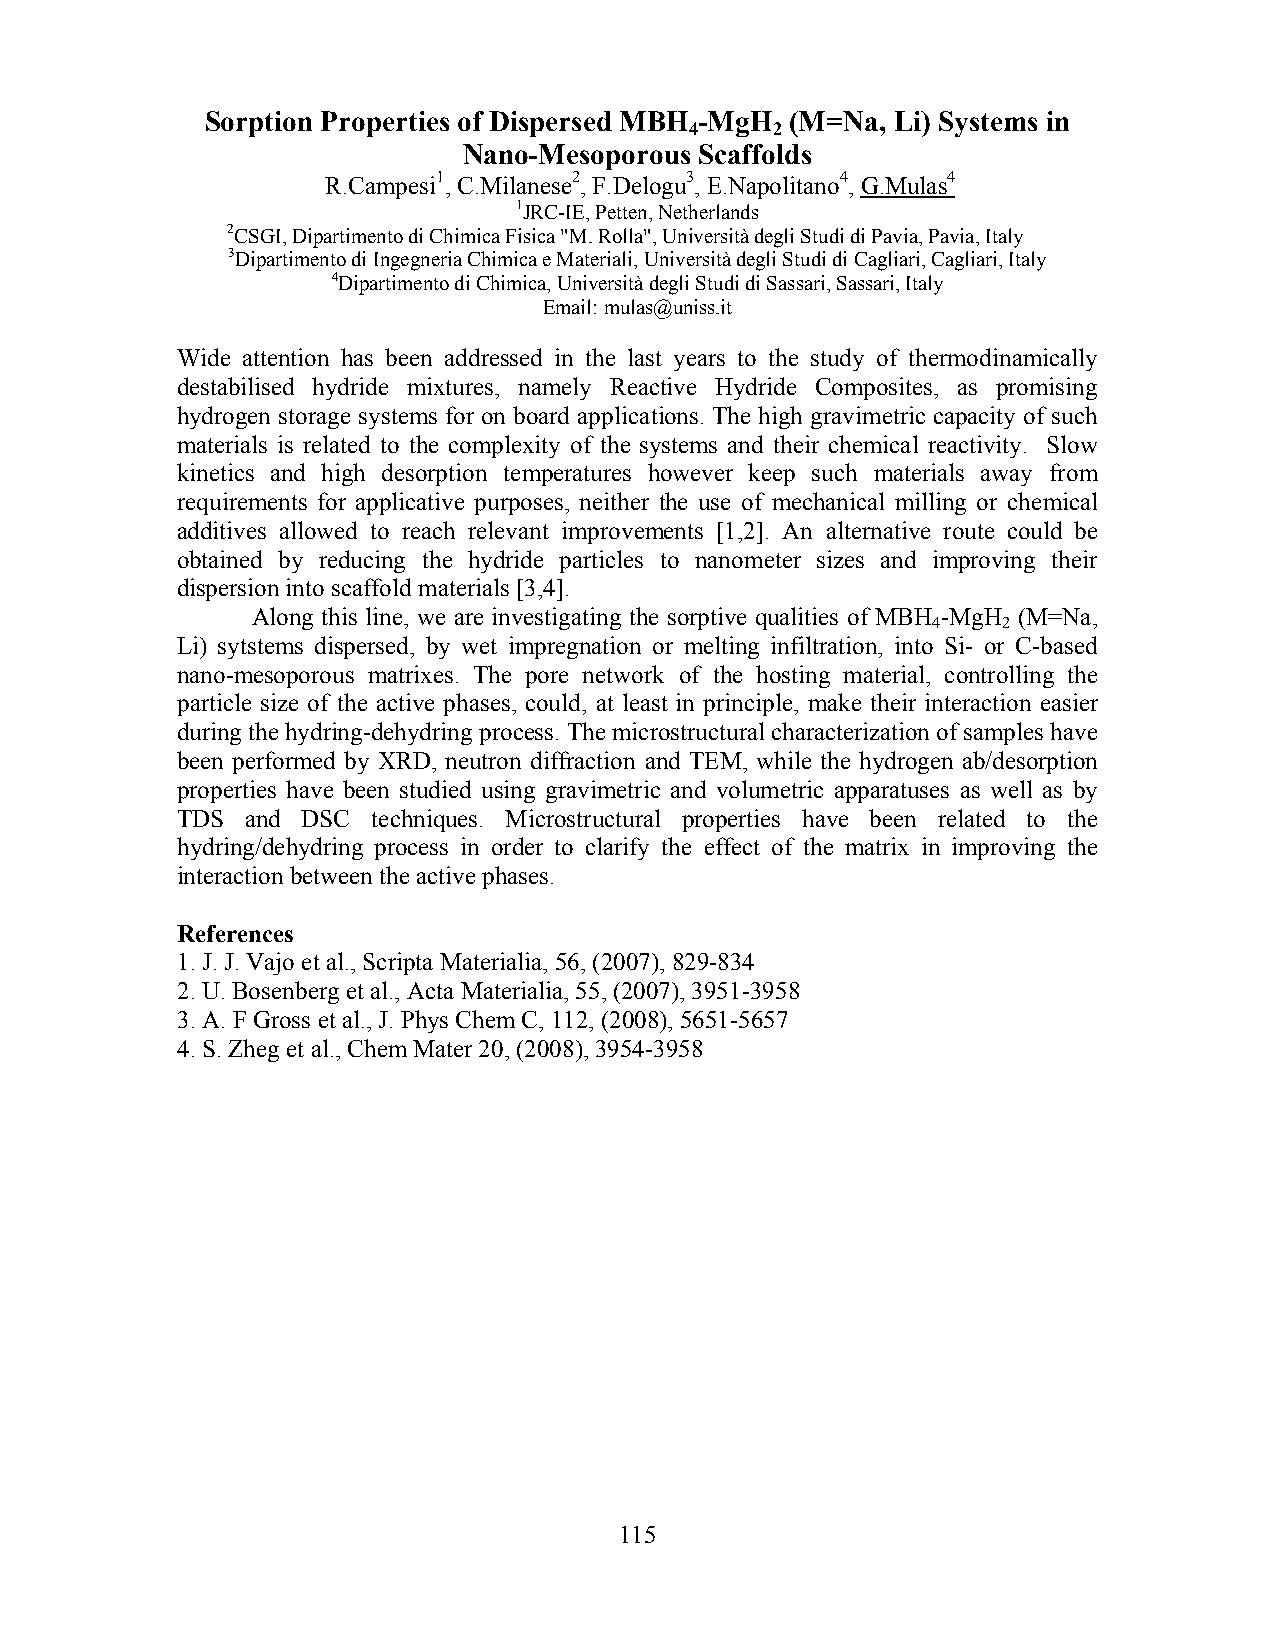
Sorption Properties of Dispersed MBH -MgH (M=Na, Li) Systems in
 4    2
 Nano-Mesoporous Scaffolds
 R.Campesi1, C.Milanese2, F.Delogu3, E.Napolitano4, G.Mulas4
 1JRC-IE, Petten, Netherlands
 2CSGI, Dipartimento di Chimica Fisica "M. Rolla", Università degli Studi di Pavia, Pavia, Italy
 3Dipartimento di Ingegneria Chimica e Materiali, Università degli Studi di Cagliari, Cagliari, Italy
 4Dipartimento di Chimica, Università degli Studi di Sassari, Sassari, Italy
 Email: mulas@uniss.it
 Wide attention has been addressed in the last years to the study of thermodinamically
 destabilised hydride mixtures, namely Reactive Hydride Composites, as promising
 hydrogen storage systems for on board applications. The high gravimetric capacity of such
 materials is related to the complexity of the systems and their chemical reactivity. Slow
 kinetics and high desorption temperatures however keep such materials away from
 requirements for applicative purposes, neither the use of mechanical milling or chemical
 additives allowed to reach relevant improvements [1,2]. An alternative route could be
 obtained by reducing the hydride particles to nanometer sizes and improving their
 dispersion into scaffold materials [3,4].
 Along this line, we are investigating the sorptive qualities of MBH -MgH (M=Na,
 4   2
 Li) sytstems dispersed, by wet impregnation or melting infiltration, into Si- or C-based
 nano-mesoporous matrixes. The pore network of the hosting material, controlling the
 particle size of the active phases, could, at least in principle, make their interaction easier
 during the hydring-dehydring process. The microstructural characterization of samples have
 been performed by XRD, neutron diffraction and TEM, while the hydrogen ab/desorption
 properties have been studied using gravimetric and volumetric apparatuses as well as by
 TDS and DSC  techniques. Microstructural properties have been related to the
 hydring/dehydring process in order to clarify the effect of the matrix in improving the
 interaction between the active phases.
 References
 1. J. J. Vajo et al., Scripta Materialia, 56, (2007), 829-834
 2. U. Bosenberg et al., Acta Materialia, 55, (2007), 3951-3958
 3. A. F Gross et al., J. Phys Chem C, 112, (2008), 5651-5657
 4. S. Zheg et al., Chem Mater 20, (2008), 3954-3958
 115